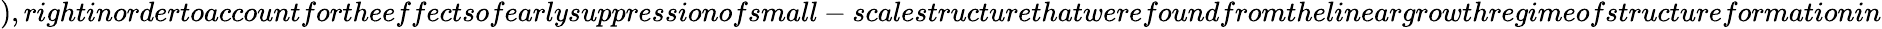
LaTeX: ),rightinordertoaccountfortheeffectsofearlysuppressionofsmall-scalestructurethatwerefoundfromthelineargrowthregimeofstructureformationin